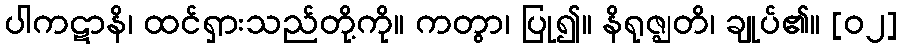
ပါကဋာနိ၊ ထင်ရှားသည်တို့ကို။ ကတွာ၊ ပြု၍။ နိရုဇ္ဈတိ၊ ချုပ်၏။ [၀၂]